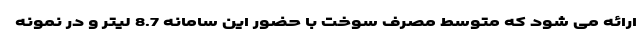
ارائه می شود که متوسط مصرف سوخت با حضور این سامانه 8.7 لیتر و در نمونه